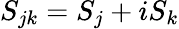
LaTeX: S_{jk}=S_{j}+iS_{k}